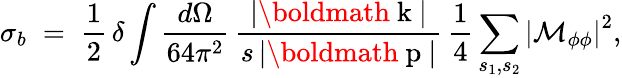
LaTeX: \sigma_{b}\; =\; \frac{1}{2}\, \delta\int\frac{d\Omega}{64\pi^{2}}\, \frac{|{\mathrm{\boldmath~k~}}|}{s\, |{\mathrm{\boldmath~p~}}|}\, \frac{1}{4}\sum_{s_{1},s_{2}}\left|{\cal M}_{\phi\phi}\right|^{2},